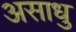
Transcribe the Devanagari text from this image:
असाधु